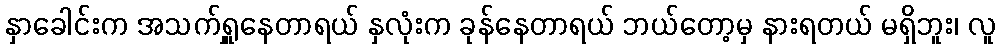
နှာခေါင်းက အသက်ရှူနေတာရယ် နှလုံးက ခုန်နေတာရယ် ဘယ်တော့မှ နားရတယ် မရှိဘူး၊ လူ